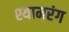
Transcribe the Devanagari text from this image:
श्यामरंग